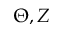
\Theta , Z